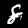
Digit: 8